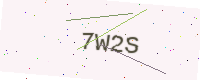
Text: 7W2S